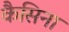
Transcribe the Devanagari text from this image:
कैसिना